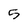
Character: 5